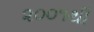
૨૦૦૧થી